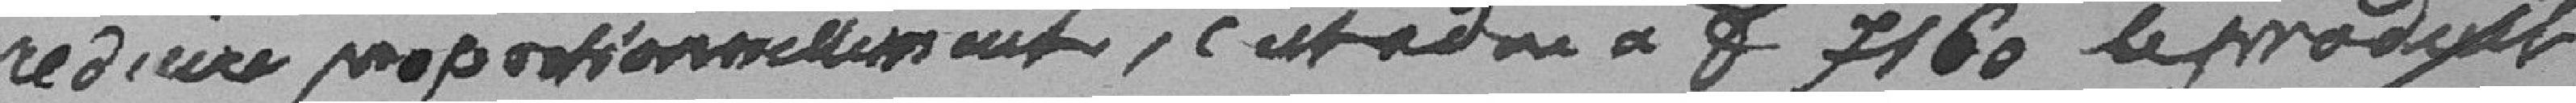
réduire proportionnellement, c'est-à-dire à  7160 Francs le produit